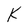
Character: K